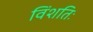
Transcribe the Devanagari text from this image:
विंशतिः